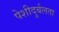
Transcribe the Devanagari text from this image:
पेशीदुर्बलता